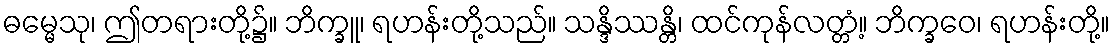
ဓမ္မေသု၊ ဤတရားတို့၌။ ဘိက္ခူ၊ ရဟန်းတို့သည်။ သန္ဒိဿန္တိ၊ ထင်ကုန်လတ္တံ့။ ဘိက္ခဝေ၊ ရဟန်းတို့။